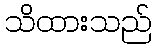
သိထားသည်